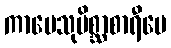
ကာမေသုမိစ္ဆာစာရီပေ